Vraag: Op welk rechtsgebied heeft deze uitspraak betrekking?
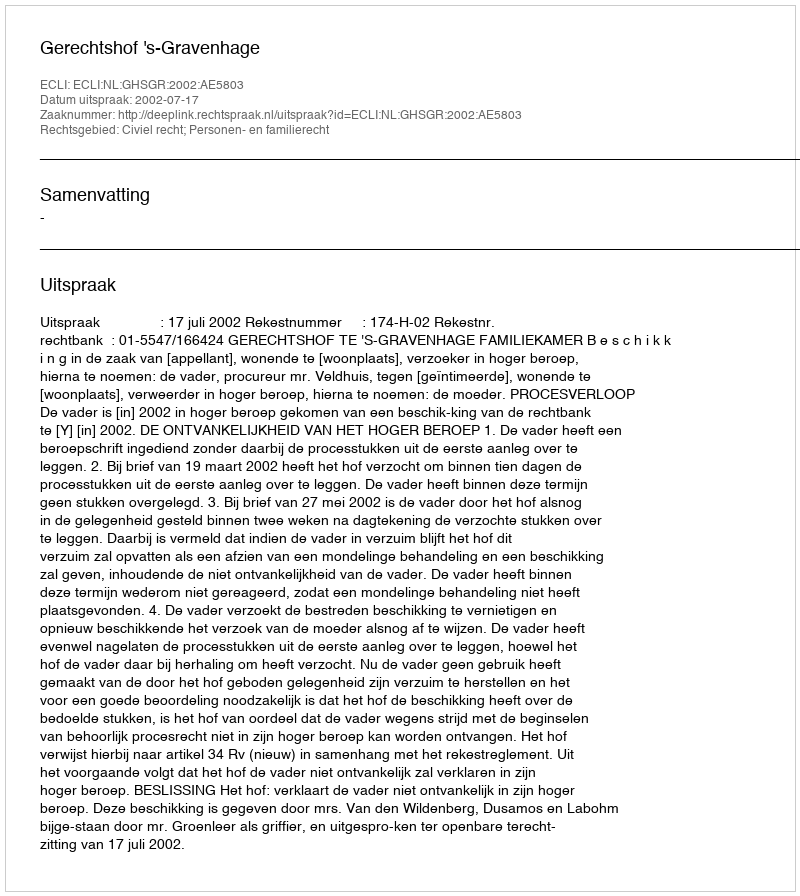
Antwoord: Civiel recht; Personen- en familierecht